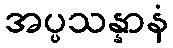
အပ္ပသန္နာနံ